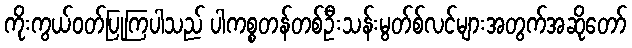
ကိုးကွယ်ဝတ်ပြုကြပါသည် ပါကစ္စတန်တစ်ဦးသန်းမွတ်စ်လင်များအတွက်အဆိုတော်